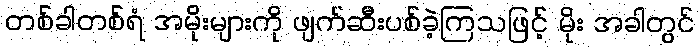
တစ်ခါတစ်ရံ အမိုးများကို ဖျက်ဆီးပစ်ခဲ့ကြသဖြင့် မိုး အခါတွင်